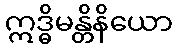
ဣဒ္ဓိမန္တိနိယော